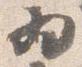
為